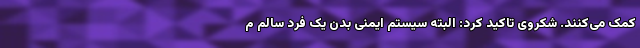
کمک می‌کنند. شکروی تاکید کرد: البته سیستم ایمنی بدن یک فرد سالم م